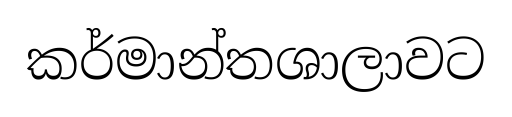
කර්මාන්තශාලාවට